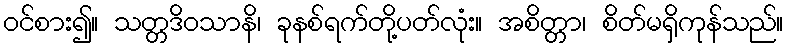
ဝင်စား၍။ သတ္တဒိဝသာနိ၊ ခုနစ်ရက်တို့ပတ်လုံး။ အစိတ္တာ၊ စိတ်မရှိကုန်သည်။